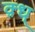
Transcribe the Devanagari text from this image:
क़्ध्